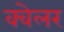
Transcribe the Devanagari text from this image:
क्वेलर